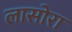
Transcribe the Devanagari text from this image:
लासोरा